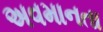
અવમાનતા